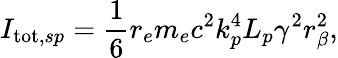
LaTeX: I_{\mathrm{tot},sp}=\frac{1}{6}r_{e}m_{e}c^{2}k_{p}^{4}L_{p}\gamma^{2}r_{\beta}^{2},